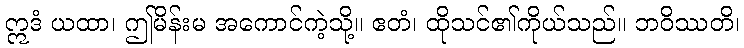
ဣဒံ ယထာ၊ ဤမိန်းမ အကောင်ကဲ့သို့။ ဧတံ၊ ထိုသင်၏ကိုယ်သည်။ ဘဝိဿတိ၊